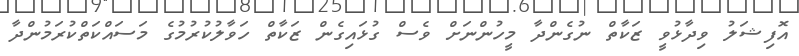
އޮފިޝަލު ވިދާޅުވީ ޒަކާތް ނުގެންދާ މީހުންނަށް ވެސް ގުޅައިގެން ޒަކާތް ހަވާލުކުރުމުގެ މަސައްކަތްކުރަމުންދާ